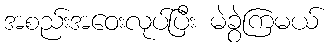
အစည်းအဝေးလုပ်ပြီး မဲခွဲကြမယ်